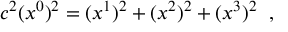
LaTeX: c ^ { 2 } ( x ^ { 0 } ) ^ { 2 } = ( x ^ { 1 } ) ^ { 2 } + ( x ^ { 2 } ) ^ { 2 } + ( x ^ { 3 } ) ^ { 2 } \; \; ,